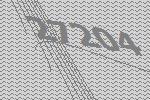
27204